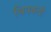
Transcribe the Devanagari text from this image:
चिपकती